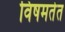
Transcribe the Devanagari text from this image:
विषमतेत